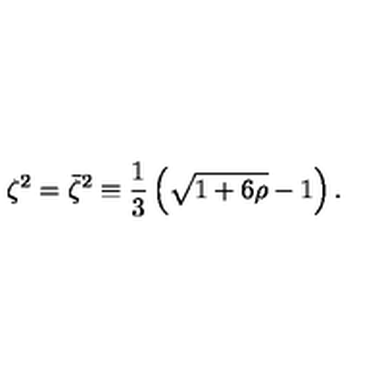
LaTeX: \zeta ^ { 2 } = \bar { \zeta } ^ { 2 } \equiv \frac 1 3 \left( \sqrt { 1 + 6 \rho } - 1 \right) .